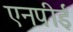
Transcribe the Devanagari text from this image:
एनपीई